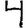
Digit: 4